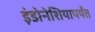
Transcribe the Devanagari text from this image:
इंडोनेशियापर्यंत